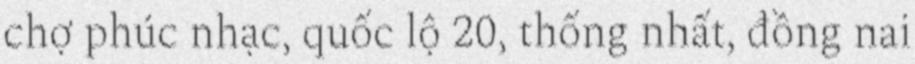
chợ phúc nhạc, quốc lộ 20, thống nhất, đồng nai